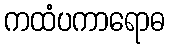
ကထံပကာရောဓ